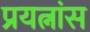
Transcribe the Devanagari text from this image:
प्रयत्नांस